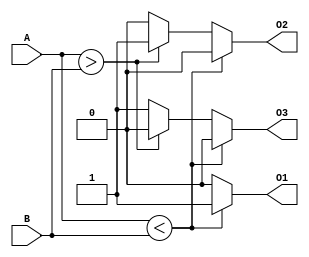
module N_bit_comp (
    input [3:0] A,
    input [3:0] B,
    output reg O1,
    output reg O2,
    output reg O3
);

always @* begin
    if (A < B) begin
        O1 <= 1;
        O2 <= 0;
        O3 <= 0;
    end
    else if (A > B) begin
        O1 <= 0;
        O2 <= 1;
        O3 <= 0;
    end
    else begin // A == B
        O1 <= 0;
        O2 <= 0;
        O3 <= 1;
    end
end

endmodule